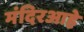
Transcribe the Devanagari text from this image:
मंदिरआहे